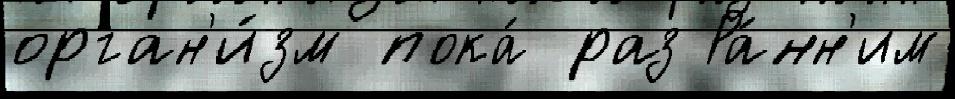
орган'и́зм пока́ раз Ра́нн'им